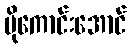
ပိုကောင်းအောင်